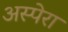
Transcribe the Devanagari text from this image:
अस्पेरा